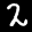
Label: 2